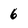
Character: 6